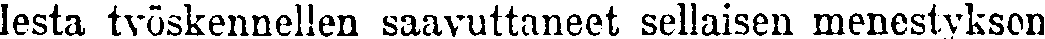
lesta työskennellen saavuttaneet sellaisen menestyksen